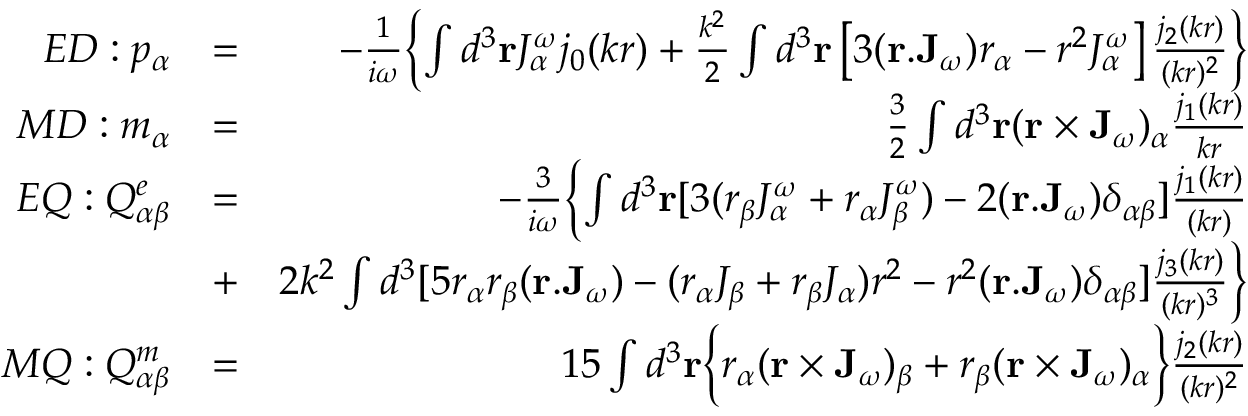
\begin{array} { r l r } { E D : p _ { \alpha } } & { = } & { - \frac { 1 } { i \omega } \Bigl \{ \int { d } ^ { 3 } \mathbf { r } { J } _ { \alpha } ^ { \omega } j _ { 0 } ( k r ) + \frac { k ^ { 2 } } { 2 } \int { d } ^ { 3 } \mathbf { r } \left[ 3 ( \mathbf { r } . \mathbf { J } _ { \omega } ) { r } _ { \alpha } - { r } ^ { 2 } { J } _ { \alpha } ^ { \omega } \right] \frac { j _ { 2 } ( k r ) } { ( k r ) ^ { 2 } } \Bigr \} } \\ { M D : m _ { \alpha } } & { = } & { \frac { 3 } { 2 } \int { d } ^ { 3 } \mathbf { r } ( \mathbf { r } \times \mathbf { J } _ { \omega } ) _ { \alpha } \frac { j _ { 1 } ( k r ) } { k r } } \\ { E Q : Q _ { \alpha \beta } ^ { e } } & { = } & { - \frac { 3 } { i \omega } \Bigl \{ \int { d } ^ { 3 } \mathbf { r } [ 3 ( r _ { \beta } { J } _ { \alpha } ^ { \omega } + r _ { \alpha } { J } _ { \beta } ^ { \omega } ) - 2 ( \mathbf { r } . \mathbf { J } _ { \omega } ) { \delta } _ { \alpha \beta } ] \frac { j _ { 1 } ( k r ) } { ( k r ) } } \\ & { + } & { 2 k ^ { 2 } \int { d } ^ { 3 } [ 5 r _ { \alpha } r _ { \beta } ( \mathbf { r } . \mathbf { J } _ { \omega } ) - ( r _ { \alpha } J _ { \beta } + r _ { \beta } J _ { \alpha } ) r ^ { 2 } - r ^ { 2 } ( \mathbf { r } . \mathbf { J } _ { \omega } ) { \delta } _ { \alpha \beta } ] \frac { j _ { 3 } ( k r ) } { ( k r ) ^ { 3 } } \Bigr \} } \\ { M Q : Q _ { \alpha \beta } ^ { m } } & { = } & { 1 5 \int { d } ^ { 3 } \mathbf { r } \Bigl \{ r _ { \alpha } ( \mathbf { r } \times \mathbf { J } _ { \omega } ) _ { \beta } + r _ { \beta } ( \mathbf { r } \times \mathbf { J } _ { \omega } ) _ { \alpha } \Bigr \} \frac { j _ { 2 } ( k r ) } { { ( k r ) ^ { 2 } } } } \end{array}